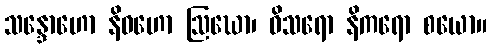
သန္ဒောဟော နိဝဟော ဩဃော၊ ဝိသရော နိကရော စယော။